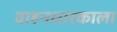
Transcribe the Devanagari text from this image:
वाहनधारकाला